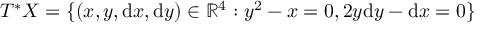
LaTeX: T ^ { * } X = \{ ( x , y , \mathrm { d } x , \mathrm { d } y ) \in \mathbb { R } ^ { 4 } : y ^ { 2 } - x = 0 , 2 y \mathrm { d } y - \mathrm { d } x = 0 \}